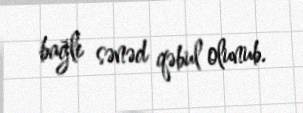
bağlı sənəd qəbul olunub.